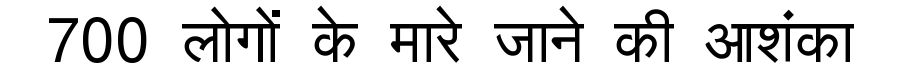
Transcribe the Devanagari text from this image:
700 लोगों के मारे जाने की आशंका